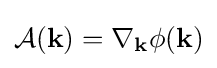
{\mathcal {A}}(\mathbf {k} )=\mathbf {\nabla } _{\mathbf {k} }\phi (\mathbf {k} )